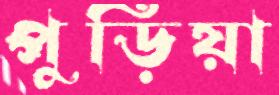
পুড়িয়া